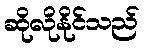
ဆိုလိုနိုင်သည်